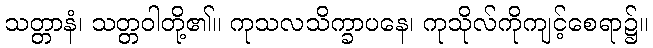
သတ္တာနံ၊ သတ္တဝါတို့၏။ ကုသလသိက္ခာပနေ၊ ကုသိုလ်ကိုကျင့်စေရာ၌။